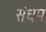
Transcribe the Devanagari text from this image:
संधम